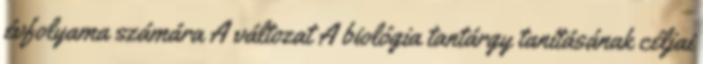
évfolyama számára A változat A biológia tantárgy tanításának céljai